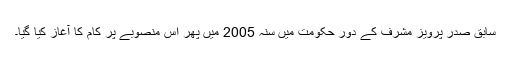
سابق صدر پرویز مشرف کے دورِ حکومت میں سنہ 2005 میں پھر اس منصوبے پر کام کا آغاز کیا گیا۔